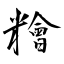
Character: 糩